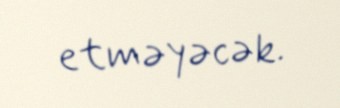
etməyəcək.